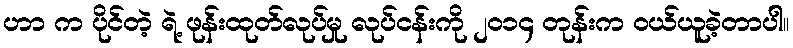
ဟာ က ပိုင်တဲ့ ရဲ့ ဖုန်းထုတ်လုပ်မှု လုပ်ငန်းကို ၂၀၁၄ တုန်းက ဝယ်ယူခဲ့တာပါ။